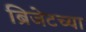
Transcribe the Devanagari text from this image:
ब्रिजेटच्या